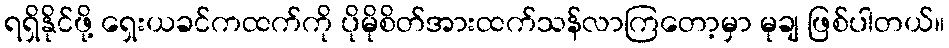
ရရှိနိုင်ဖို့ ရှေးယခင်ကထက်ကို ပိုမိုစိတ်အားထက်သန်လာကြတော့မှာ မုချ ဖြစ်ပါတယ်။